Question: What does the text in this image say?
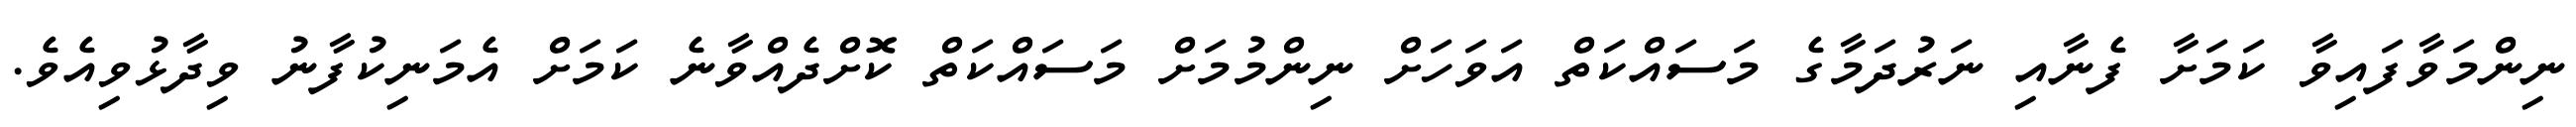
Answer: ނިންމަވާފައިވާ ކަމަށާ ފެނާއި ނަރުދަމާގެ މަސައްކަތް އަވަހަށް ނިންމުމަށް މަސައްކަތް ކޮށްދެއްވާނެ ކަމަށް އެމަނިކުފާނު ވިދާޅުވިއެވެ.